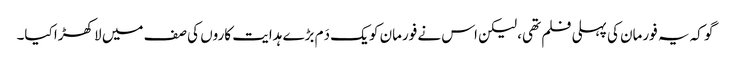
گو کہ یہ فورمان کی پہلی فلم تھی، لیکن اس نے فورمان کو یک دَم بڑے ہدایت کاروں کی صف میں لا کھڑا کیا۔